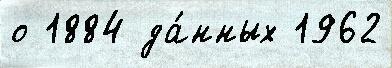
о 1884 да́нных 1962